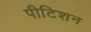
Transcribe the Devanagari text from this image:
पीटिशन